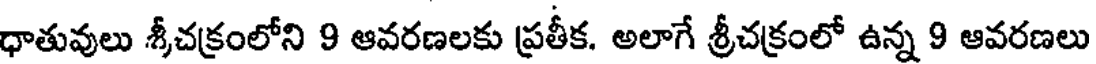
ధాతువులు శీచక్రంలోని 9 ఆవరణలకు ప్రతీక. అలాగే శ్రీచక్రంలో ఉన్న 9 ఆవరణలు